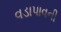
વડાપાવની